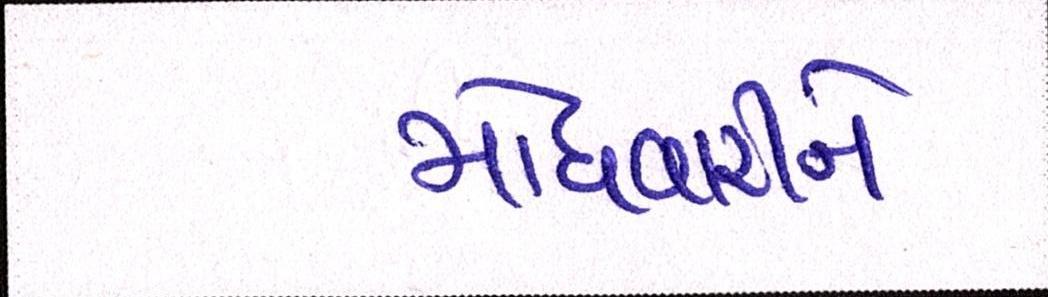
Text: મોંઘવારીને